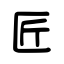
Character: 匠